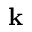
\mathbf { k }